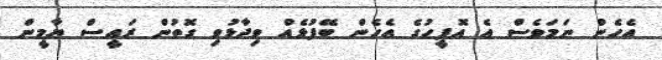
އެހެން ނަމަވެސް އެ އޮފީހުގެ އެހެން ބޭފުޅެއް ވިދާޅުވި ގޮތުން ރައީސް ޔާމީން